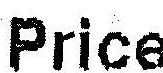
PRICE